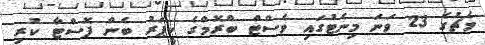
މެޗުގެ 23 ވަނަ މިނެޓުގައި ވެސްޓް ބްރޮމްގެ ކީޕަރު ބެން ފޮސްޓާ ކުރި